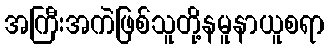
အကြီးအကဲဖြစ်သူတို့နမူနာယူစရာ